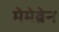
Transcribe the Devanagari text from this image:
मेमेब्रेन